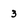
Character: 3